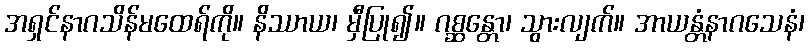
အရှင်နာဂသိန်မထေရ်ကို။ နိဿာယ၊ မှီပြု၍။ ဂစ္ဆန္တော၊ သွားလျက်။ အာယန္တံနာဂသေနံ၊